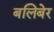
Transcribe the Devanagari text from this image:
बलिबेर